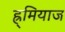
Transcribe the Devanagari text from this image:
ह्र्मियाज